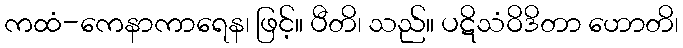
ကထံ-ကေနာကာရေန၊ ဖြင့်။ ပီတိ၊ သည်။ ပဋိသံဝိဒိတာ ဟောတိ၊